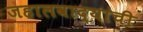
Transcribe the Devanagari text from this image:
जहालवाद्यांची